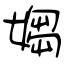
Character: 媰